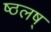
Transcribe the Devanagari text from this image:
ष्ठलष्